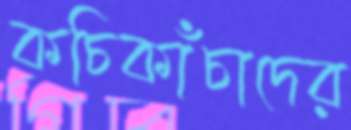
কচিকাঁচাদের